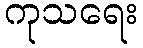
ကုသရေး